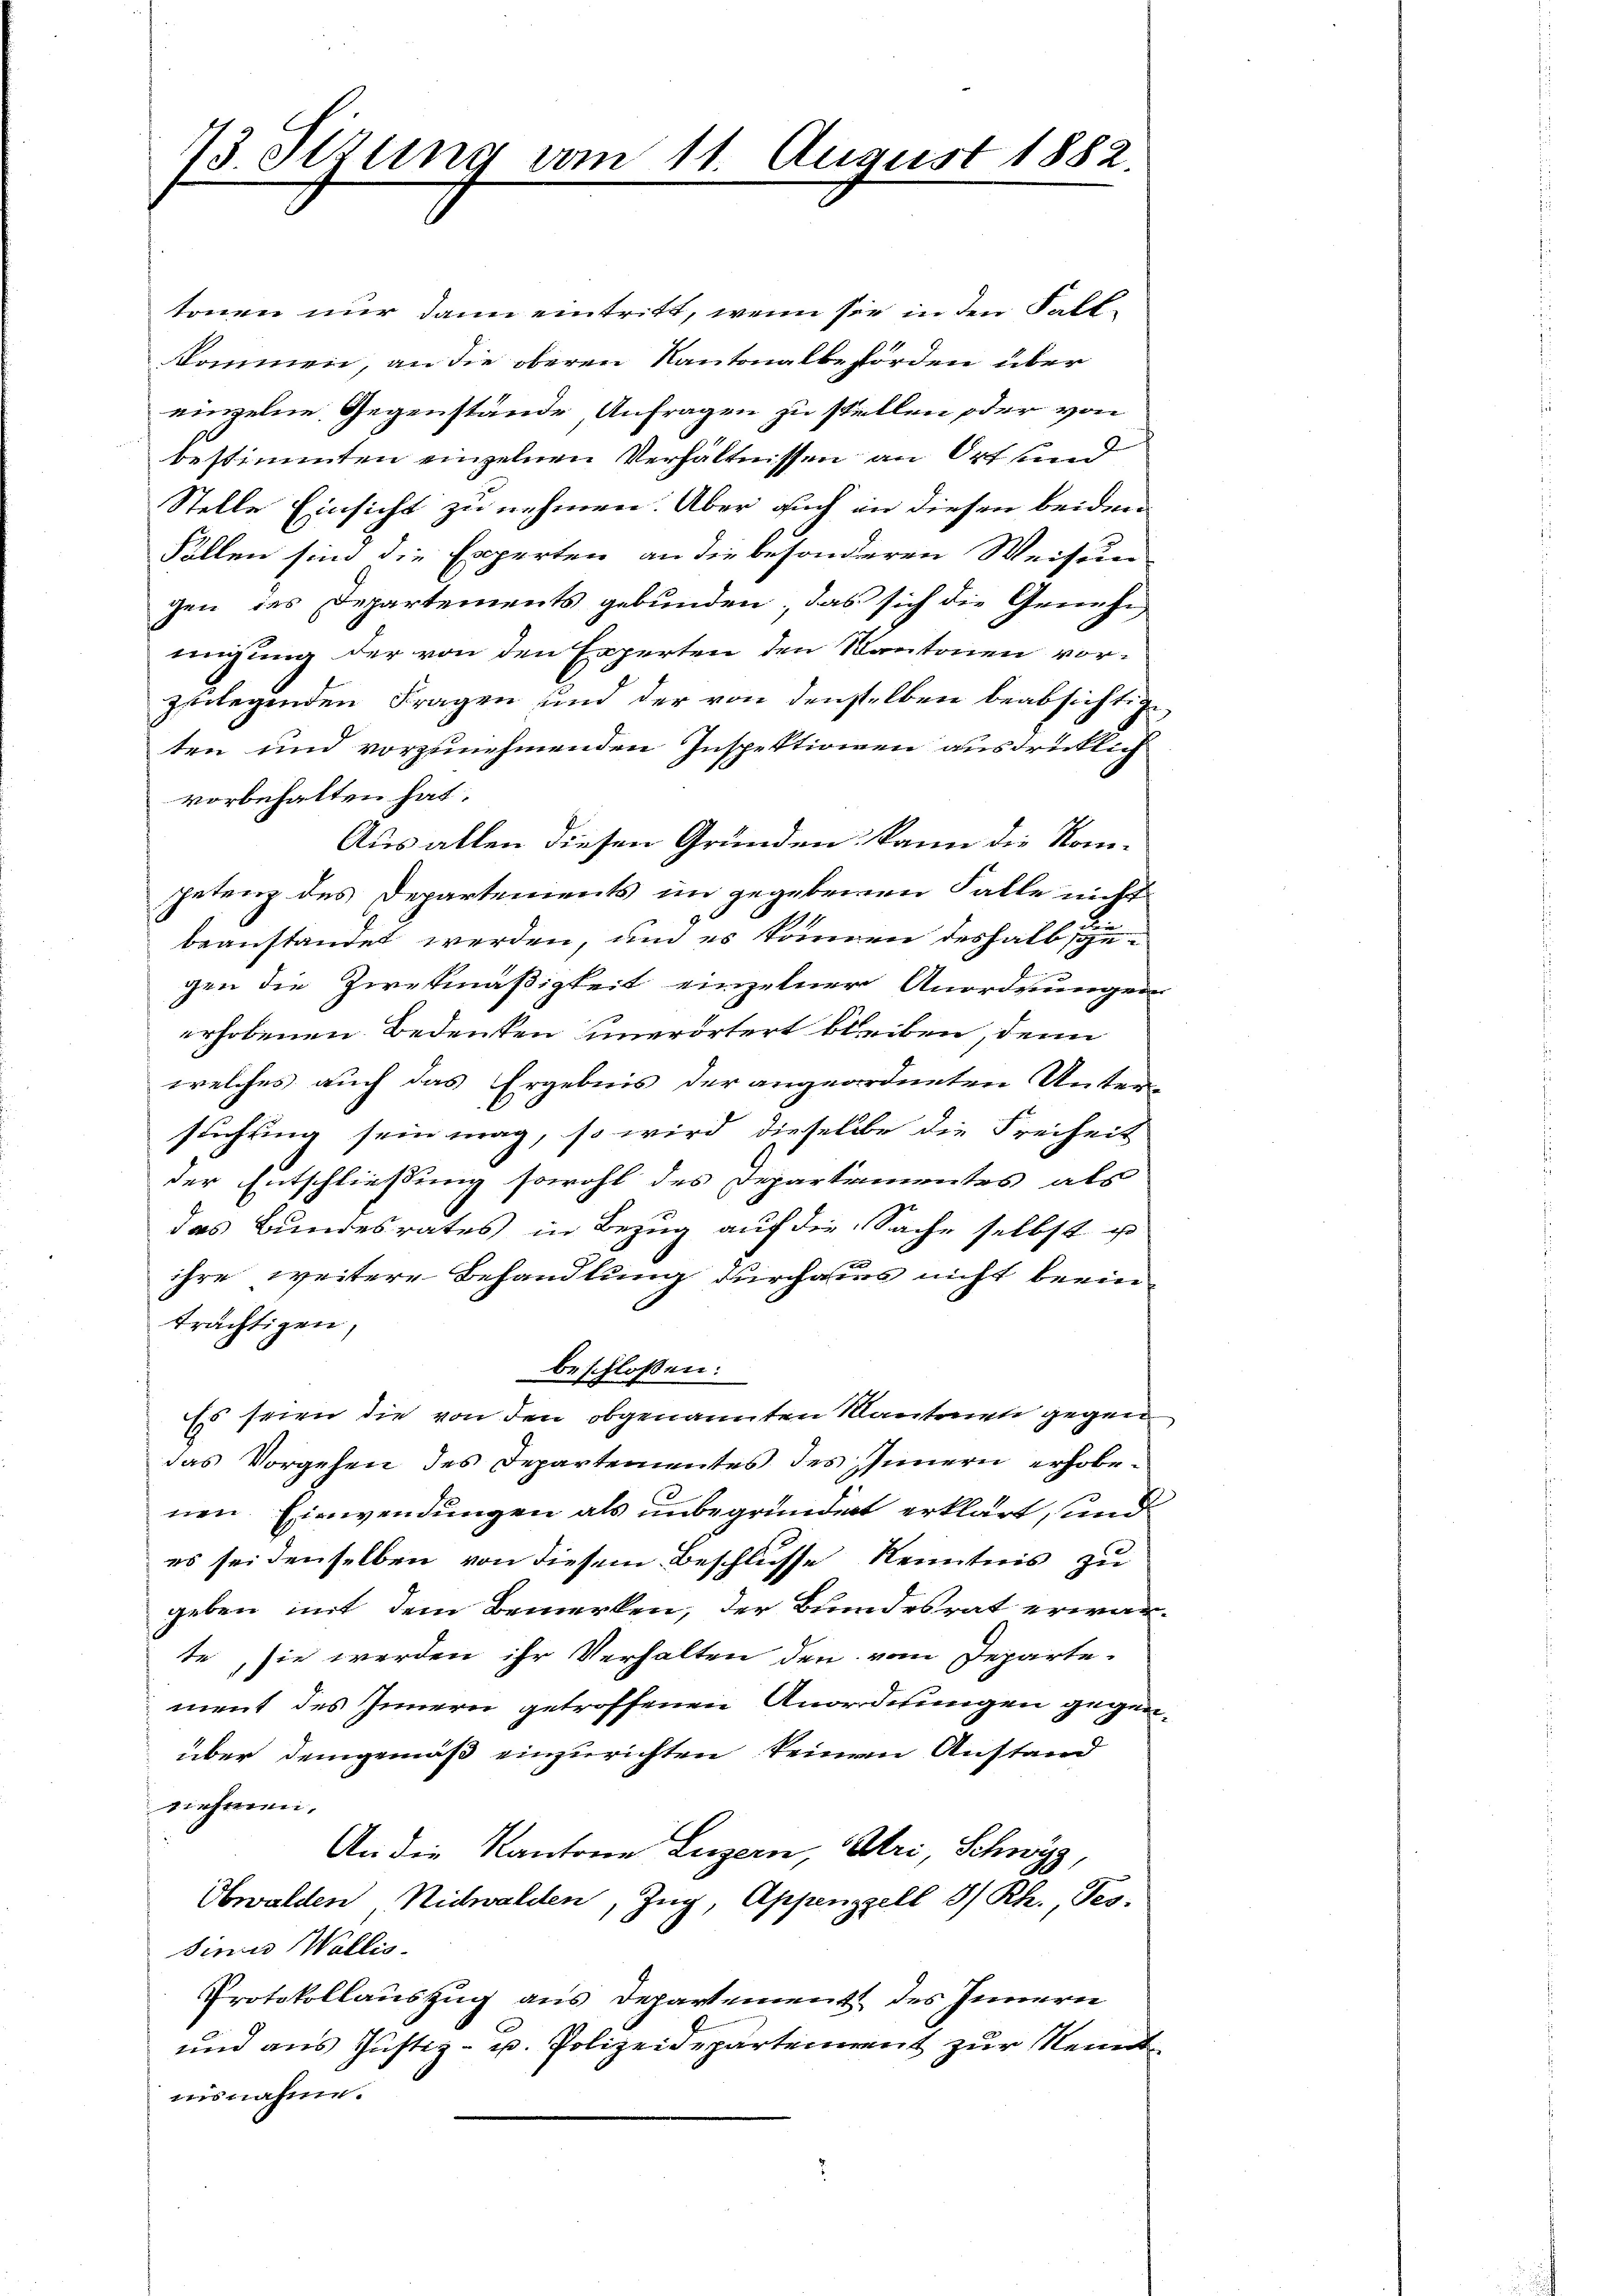
13 Sizung vom 11. August 1882.

Protokollauszug aus Departement des Innern
und aus Justiz- u. Polizeidepartement zur Kenntnisnahme.

tonen nur dann eintritt, wenn sie in den Fall-
kommen, an die oberen Kantonalbehörden über
einzelne Gegenstände Anfragen zu stellen oder von
bestimmten einzelnen Verhältnissen an Ort und
Stelle Einsicht zu nehmen. Aber auch in diesen beiden
Fällen sinn die Experten an die besonderen Weisun
gen des Departements gebunden, das sich die Genehmigung der von den Experten den Kantonen vorzulegenden Fragen und der von denselben beabsichtige
ten und vorzunehmenden Inspektionen ausdrücklich
vorbehalten hat.
Aus allen diesen Gründen kann die Nompetenz des Departements im gegebenen Falle nicht
beanstandet werden, und es können deshalb se
gen die Zweckmäßigkeit einzelner Anordnungen
erhobenen Bedenken einerörtert bleiben, denn
welches auch das Ergebnis der angeordneten Unter-
suchung sein mag, so wird dieselbe die Freiheit
der Entschließung sowohl des Departimentes als
das Bundesrates in Bezug auf die Sache selbst u
ihre weitere Behandlung durchaus nicht berinträchtigen,
beschlossen:
Es seien die von den obgenannten Kantonen gegen
das Vorgehen des Departementes des Innern erhobenen Einwendungen als unbegründet erklärt, und
es sei denselben von diesem Beschlusse Kenntnis zu
geben mit dem Bemerken, der Bundesrat erwar-
te, sie werden ihr Verhalten den vom Departe-
ment des Innern getroffenen Anordnungen gegenüber demgemäß einzurichten keinem Anstand
nehmen.
An die Kantone Luzern, Abri, Schwyz,
Obwalden, Nidwalden, Zug, Appenzell I/Rh. Tes-
Sina Wallis.